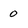
Character: O